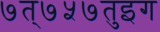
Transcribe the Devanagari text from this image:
७त्७५७तुइग